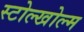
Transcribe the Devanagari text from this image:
स्टोल्खोल्म